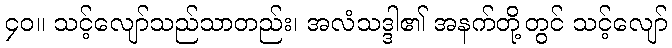
၄၀။ သင့်လျော်သည်သာတည်း၊ အလံသဒ္ဒါ၏ အနက်တို့တွင် သင့်လျော်